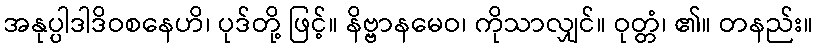
အနုပ္ပါဒါဒိဝစနေဟိ၊ ပုဒ်တို့ ဖြင့်။ နိဗ္ဗာနမေဝ၊ ကိုသာလျှင်။ ဝုတ္တံ၊ ၏။ တနည်း။